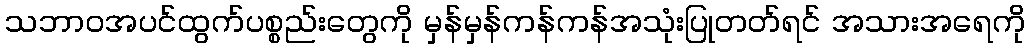
သဘာဝအပင်ထွက်ပစ္စည်းတွေကို မှန်မှန်ကန်ကန်အသုံးပြုတတ်ရင် အသားအရေကို